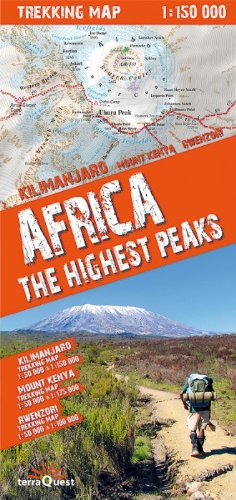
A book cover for Africa's Highest Peaks Trekking Map: Kilimanjaro, Mt. Kenya, Rwenzori; laminated, GPS-compatible; Terraquest Trekking; Travel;